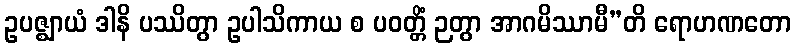
ဥပဇ္ဈာယံ ဒါနိ ပဿိတွာ ဥပါသိကာယ စ ပဝတ္တိံ ဉတွာ အာဂမိဿာမီ”တိ ရောဟဏတော